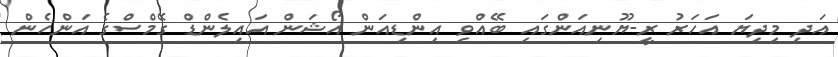
އަދި މިދިޔަ އަހަރު ރީ-ޔޫނިއަންގައި ބޭއްވި އިންޑިއަން އޯޝަން އައިލެންޑް ގޭމްސްގެ އަންހެން